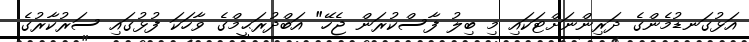
އަޅުގަނޑުމެންގެ ދަރިންނަށްޓަކައި މި ބިލު ފާސްކުރަން ޖެހޭ" އަބްދުރަޙީމްގެ ވާހަކަ ފުޅުގައި ސަރުކާރުގެ